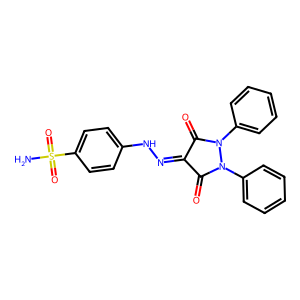
SMILES: NS(=O)(=O)c1ccc(NN=C2C(=O)N(c3ccccc3)N(c3ccccc3)C2=O)cc1
Inhibits HIV replication: No